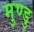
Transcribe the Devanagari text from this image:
मुण्डु